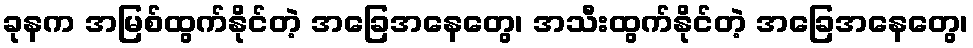
ခုနက အမြစ်ထွက်နိုင်တဲ့ အခြေအနေတွေ၊ အသီးထွက်နိုင်တဲ့ အခြေအနေတွေ၊